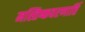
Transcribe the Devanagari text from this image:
मस्तिष्कवरणार्ति